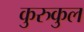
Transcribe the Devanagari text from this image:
कुरुकुल